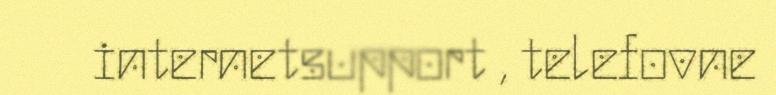
internetsupport , telefovne